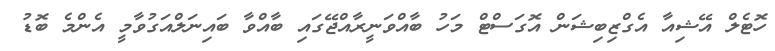
ހޮޓެލް އޭޝިއާ އެގްޒިބިޝަން އޮގަސްޓް މަހު ބާއްވަނީރާއްޖޭގައި ބާއްވާ ބައިނަލްއަގުވާމީ އެންމެ ބޮޑު